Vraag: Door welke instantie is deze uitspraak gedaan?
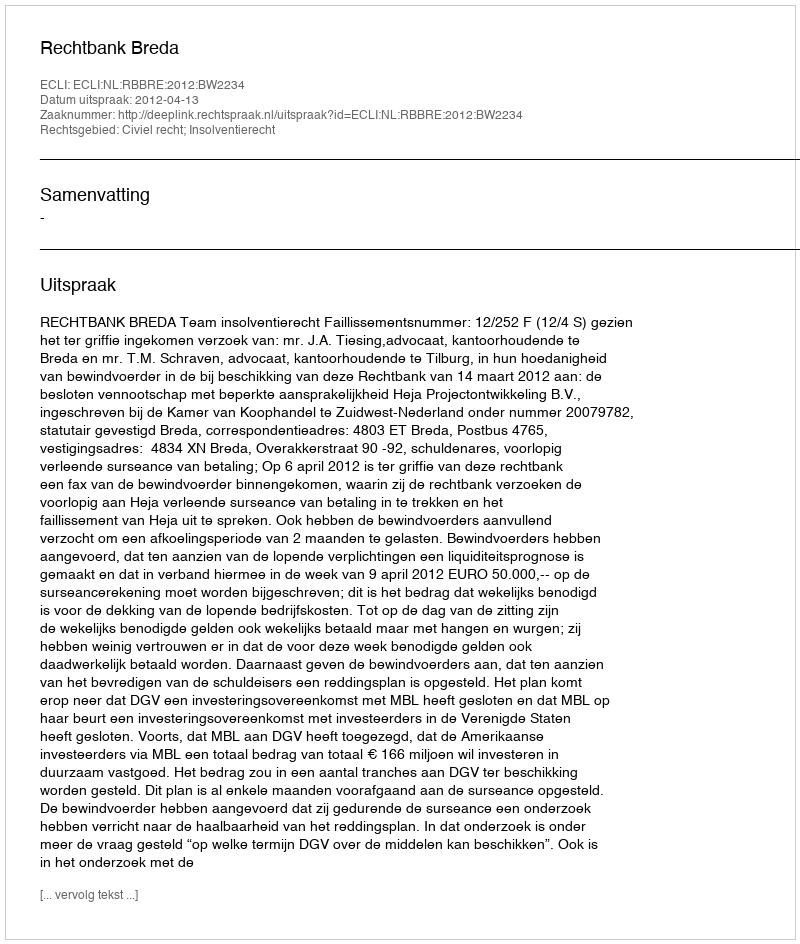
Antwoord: Rechtbank Breda